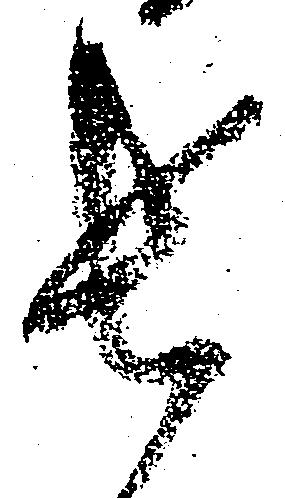
長